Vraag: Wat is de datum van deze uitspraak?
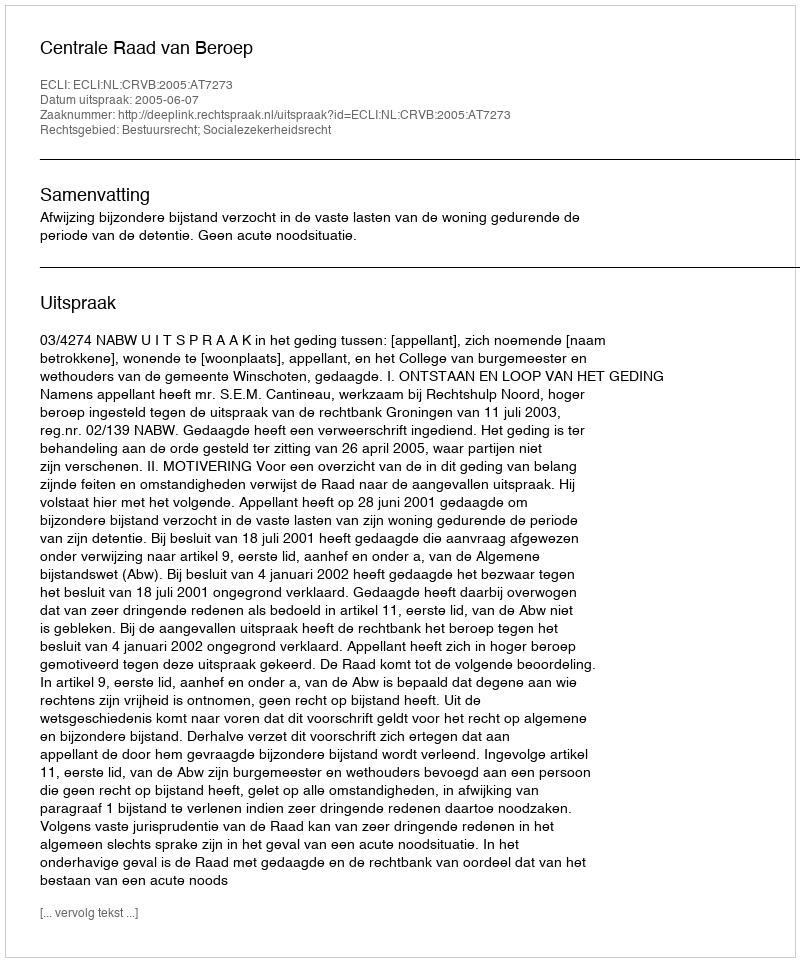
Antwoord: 2005-06-07